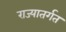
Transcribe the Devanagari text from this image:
राज्यातर्गत